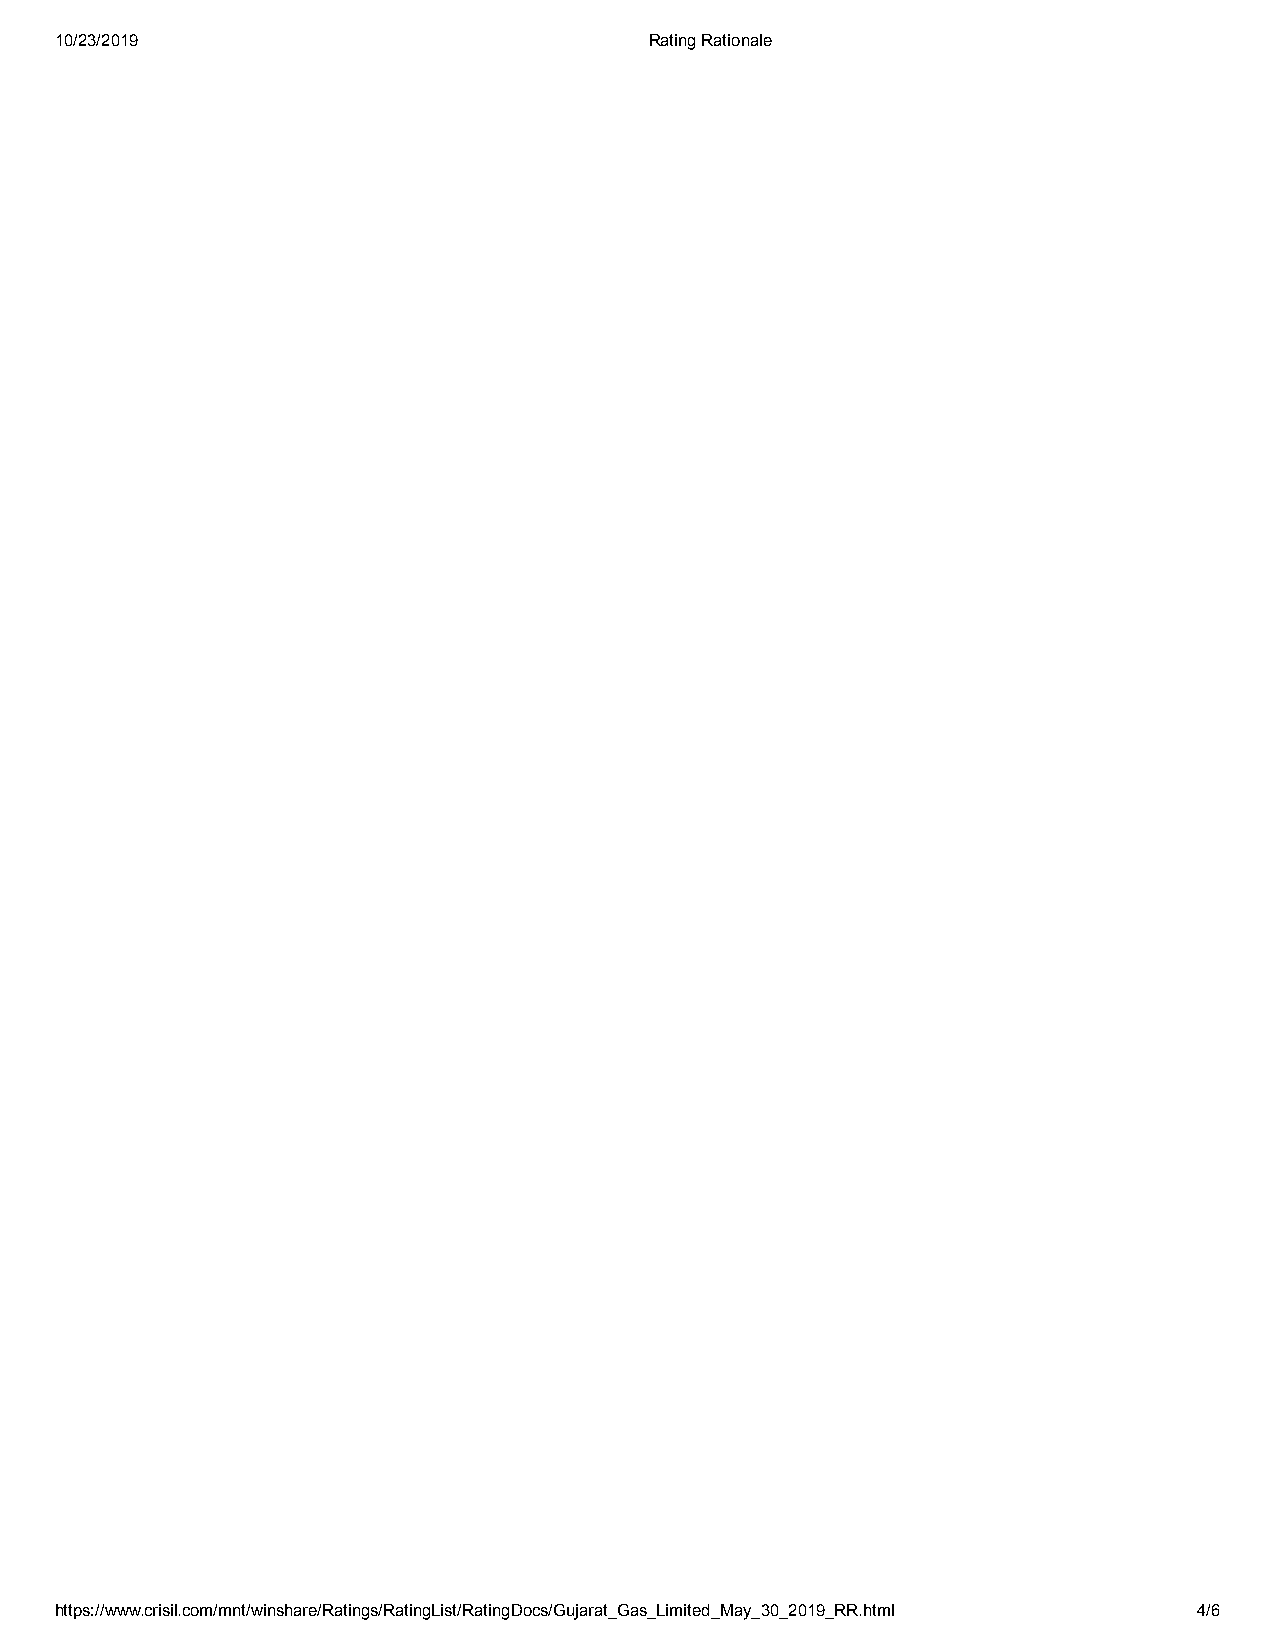
10/23/2019                             Rating Rationale
 https://www.crisil.com/mnt/winshare/Ratings/RatingList/RatingDocs/Gujarat_Gas_Limited_May_30_2019_RR.html 4/6